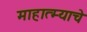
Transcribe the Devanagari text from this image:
माहात्म्याचे